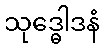
သုဒ္ဓေါဒနံ